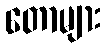
တောများ